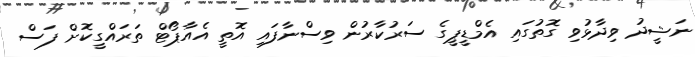
ނަޝީދު ވިދާޅުވި ގޮތުގައި އެމްޑީޕީގެ ސަރުކާރުން ވިސްނާފައި އޮތީ އެއާޕޯޓް ތަރައްގީކޮށް ފަސް